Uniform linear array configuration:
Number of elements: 8
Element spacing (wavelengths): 1
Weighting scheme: uniform
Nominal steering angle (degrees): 30
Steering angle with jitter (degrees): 29.005
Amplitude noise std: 0.05
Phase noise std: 0.05

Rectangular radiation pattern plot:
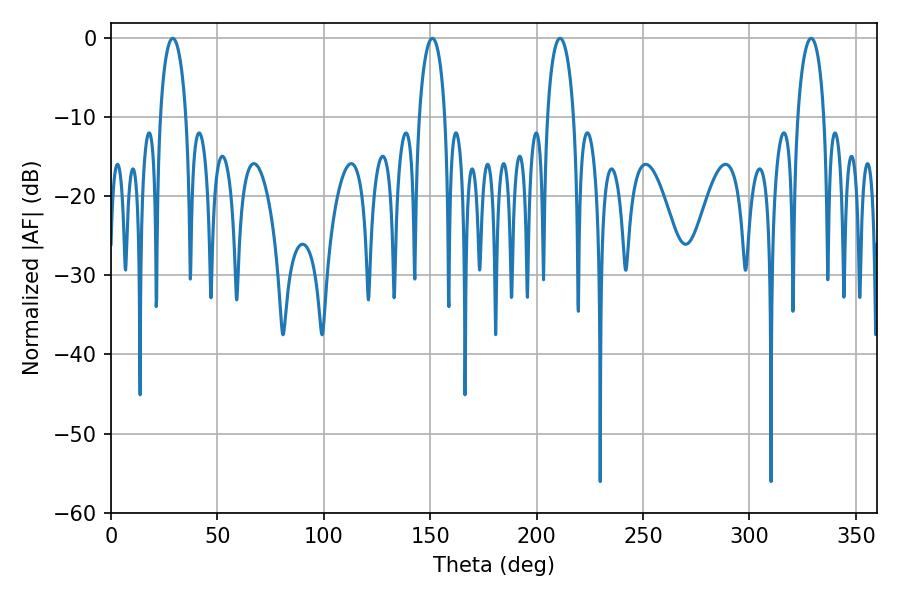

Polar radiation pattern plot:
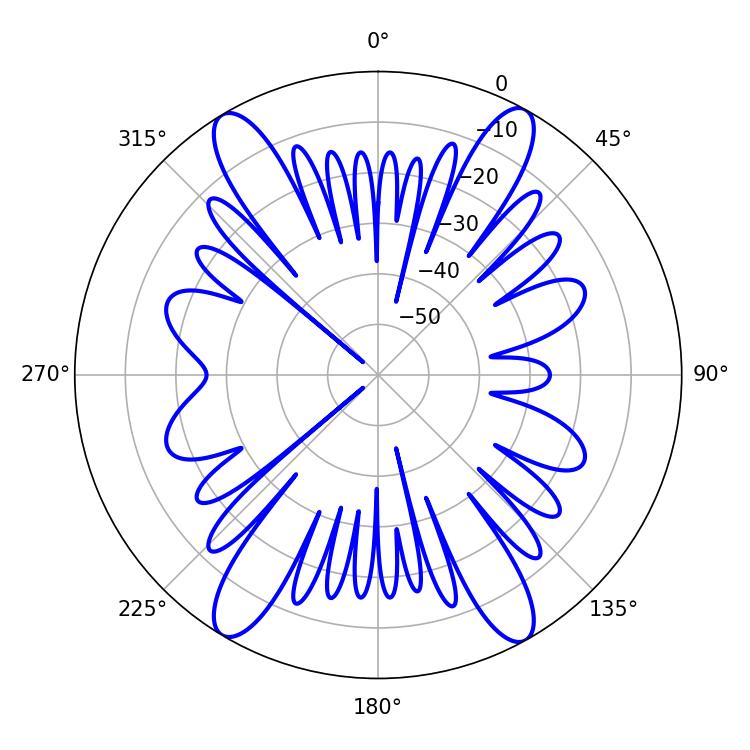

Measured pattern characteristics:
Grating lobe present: TRUE
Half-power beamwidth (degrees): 7.02
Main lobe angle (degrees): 28.98